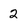
Character: 2